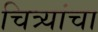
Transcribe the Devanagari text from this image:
चित्र्यांचा